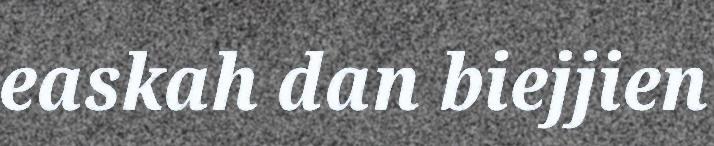
easkah dan biejjien